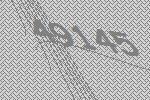
49145